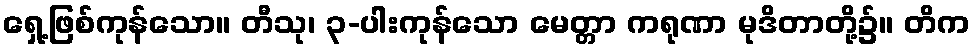
ရှေ့ဖြစ်ကုန်သော။ တီသု၊ ၃-ပါးကုန်သော မေတ္တာ ကရုဏာ မုဒိတာတို့၌။ တိက